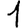
Digit: 1